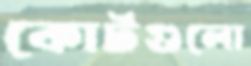
কোর্টগুলো